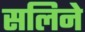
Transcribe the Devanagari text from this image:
सलिने